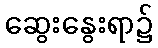
ဆွေးနွေးရာ၌